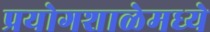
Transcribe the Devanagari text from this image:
प्रयोगशाळेमध्ये